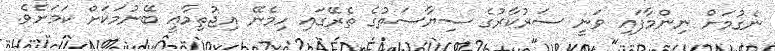
ނެގުމަށް ނިންމާފައި ވަނީ ސަރުކާރުގެ ސިޔާސަތުގެ ތެރޭގައި ހިމެނޭ އިޖުތިމާޢީ ބޭނުމަކަށް ކަމަށެވެ.